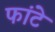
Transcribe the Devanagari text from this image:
फांटे